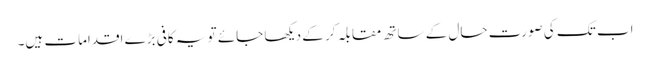
اب تک کی صورتِ حال کے ساتھ مقابلہ کر کے دیکھا جائے تو یہ کافی بڑے اقدامات ہیں۔